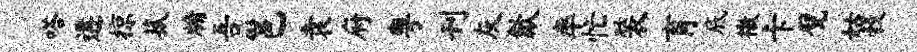
嗒遘掠菰牖吾邕袁府粤刊灰歙率忙装育底檄卡甓姑彀